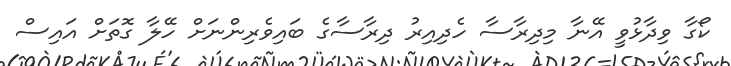
ކޯގާ ވިދާޅުވީ އޭނާ މިދިރާސާ ހެދިއިރު ދިރާސާގެ ބައިވެރިންނަށް ހޭލާ ގޮތަށް އައިސް